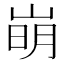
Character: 𡹌